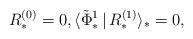
LaTeX: \begin{align*}R_*^{(0)} = 0, \langle \tilde{\Phi}_*^1\,|\, R_*^{(1)}\rangle_* = 0,\end{align*}